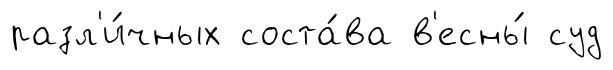
разл'и́чных соста́ва в'есны́ суд